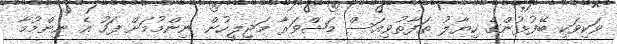
ވަކިވަކި ބޭފުޅުންގެ ހިޔާލު ތަފާތުވިއަސް މަޝްވަރާ މަޖިލީހުން ނިންމުމަށް ފަހު އެ ނިންމުމާ